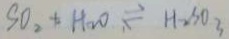
S O _ { 2 } + H _ { 2 } O \rightleftharpoons H _ { 2 } S 0 _ { 3 }